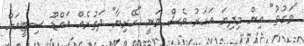
"ވަގުތު" އިން މިދިޔަ އަހަރު ވެސް ވަނީ "ހޭރިޔާ" ދަތުރެއް އައްޑޫ ސިޓީއަށް